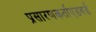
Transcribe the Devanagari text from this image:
प्रसारणकर्ताएडवर्ड